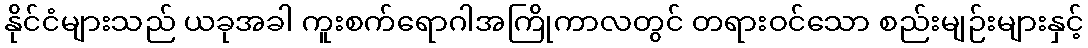
နိုင်ငံများသည် ယခုအခါ ကူးစက်ရောဂါအကြိုကာလတွင် တရားဝင်သော စည်းမျဉ်းများနှင့်